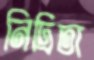
নিদ্রিতা